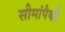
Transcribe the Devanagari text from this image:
सीमांपैकी